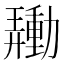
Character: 𰅙